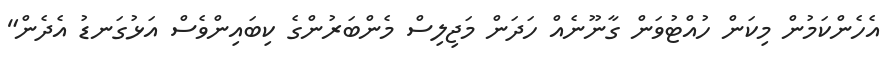
އެހެންކަމުން މިކަން ހުއްޓުވަން ގާނޫނެއް ހަދަން މަޖިލިސް މެންބަރުންގެ ކިބައިންވެސް އަޅުގަނޑު އެދެން"